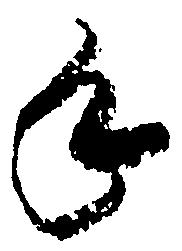
手